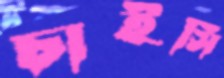
চাইসি